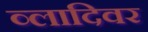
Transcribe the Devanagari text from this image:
व्लादिवर